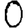
Digit: 0